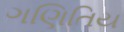
ગણિતિય